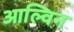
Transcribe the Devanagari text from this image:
आल्विन